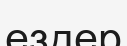
ездер